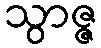
သွာဇ္ဇ